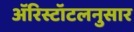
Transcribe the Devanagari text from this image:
ॲरिस्टॉटलनुसार